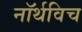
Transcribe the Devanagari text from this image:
नॉर्थविच